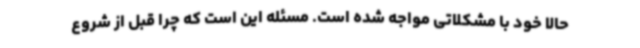
حالا خود با مشکلاتی مواجه شده است. مسئله این است که چرا قبل از شروع